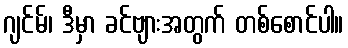
ဂျင်မ်၊ ဒီမှာ ခင်ဗျားအတွက် တစ်စောင်ပါ။